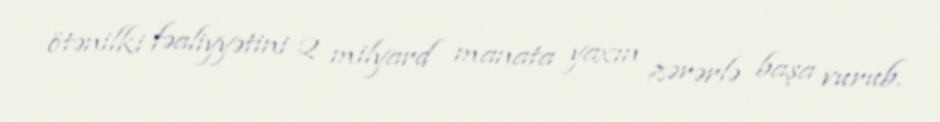
ötənilki fəaliyyətini 2 milyard manata yaxın zərərlə başa vurub.